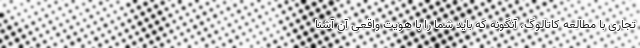
تجاری با مطالعه کاتالوگ، آنگونه که باید شما را با هویت واقعی آن آشنا